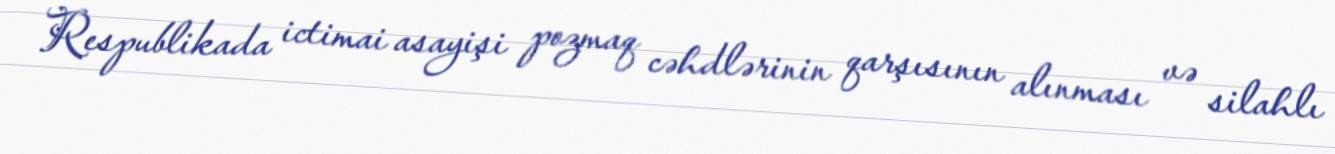
Respublikada ictimai asayişi pozmaq cəhdlərinin qarşısının alınması və silahlı